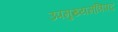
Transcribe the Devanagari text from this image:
उपमुख्यमंत्रिपद